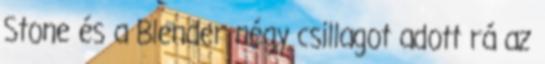
Stone és a Blender négy csillagot adott rá az